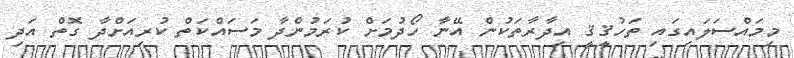
މިމައްސަލައިގައި ތަހުޤީޤީ އިދާރާތަކުން އޭނާ ހޯދުމަށް ކުރަމުންދާ މަސައްކަތް ކުރިއަށްދާ ގޮތް އަދި